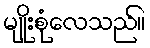
မျိုးစုံလေသည်။